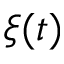
\xi ( t )